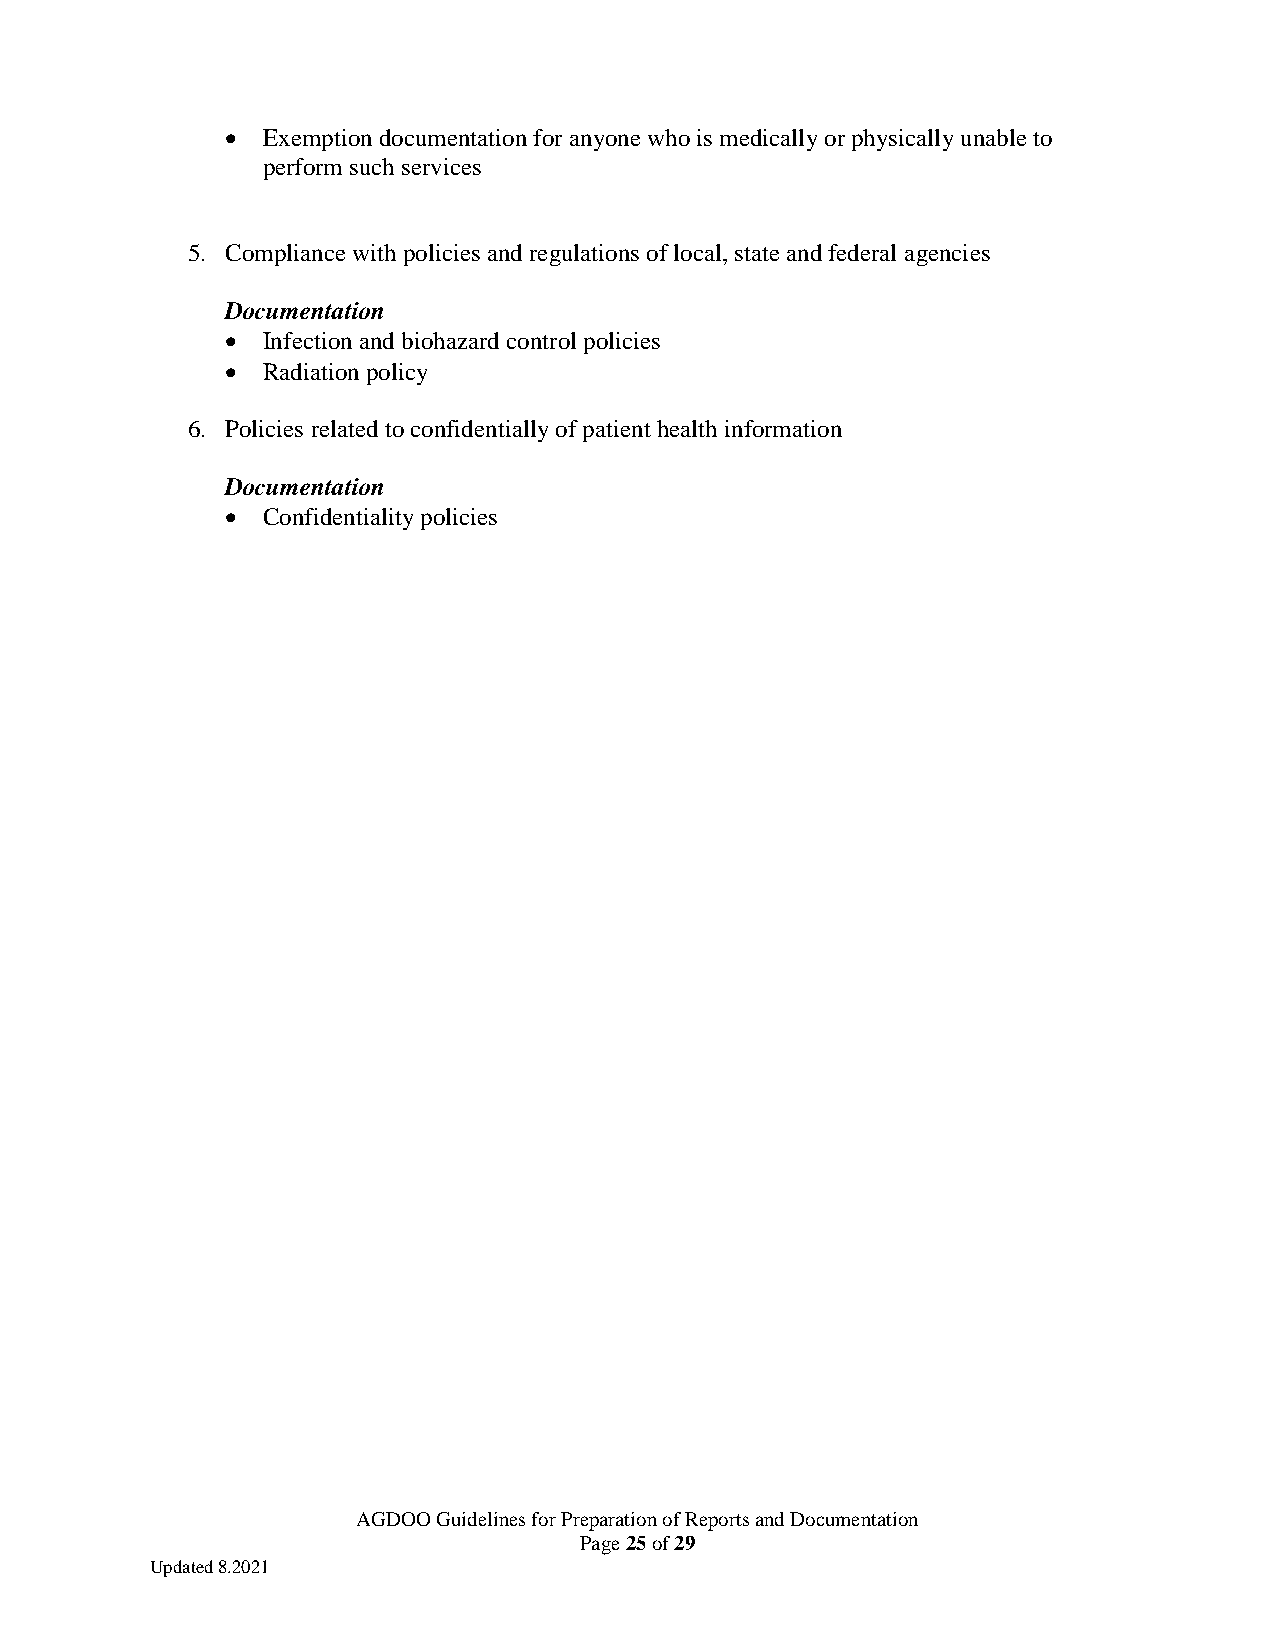
• Exemption documentation for anyone who is medically or physically unable to
 perform such services
 5. Compliance with policies and regulations of local, state and federal agencies
 Documentation
 • Infection and biohazard control policies
 • Radiation policy
 6. Policies related to confidentially of patient health information
 Documentation
 • Confidentiality policies
 AGDOO Guidelines for Preparation of Reports and Documentation
 Page 25 of 29
 Updated 8.2021